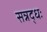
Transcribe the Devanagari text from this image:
सन्नद्धः